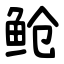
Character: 䲝